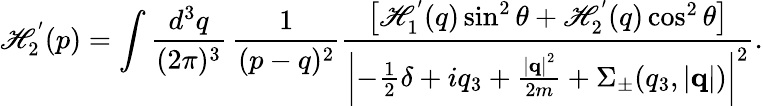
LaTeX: \mathscr{H}_{2}^{'}(p)=\int\frac{{d^{3}q}}{{(2\pi)^{3}}}\, \frac{{1}}{{(p-q)^{2}}}\frac{{\left[\mathscr{H}_{1}^{'}(q)\sin^{2}\theta+\mathscr{H}_{2}^{'}(q)\cos^{2}\theta\right]}}{{\left|-\frac{{1}}{{2}}\delta+iq_{3}+\frac{{\left|{\mathbf{q}}\right|^{2}}}{{2m}}+\Sigma_{\pm}(q_{3},\left|{\mathbf{q}}\right|)\right|^{2}}}.